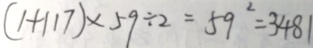
( 1 + 1 1 7 ) \times 5 9 \div 2 = 5 9 ^ { 2 } = 3 4 8 1